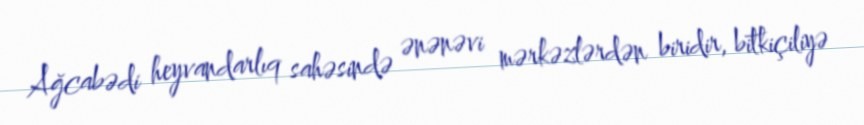
Ağcabədi heyvandarlıq sahəsində ənənəvi mərkəzlərdən biridir, bitkiçiliyə